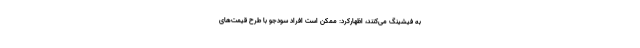
به فیشینگ می‌کنند، اظهارکرد:‌ ممکن است افراد سودجو با طرح قیمت‌های